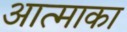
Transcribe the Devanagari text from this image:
आत्माका